Problem: 2 × 7 = ?
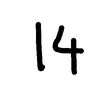
Handwritten answer: 14